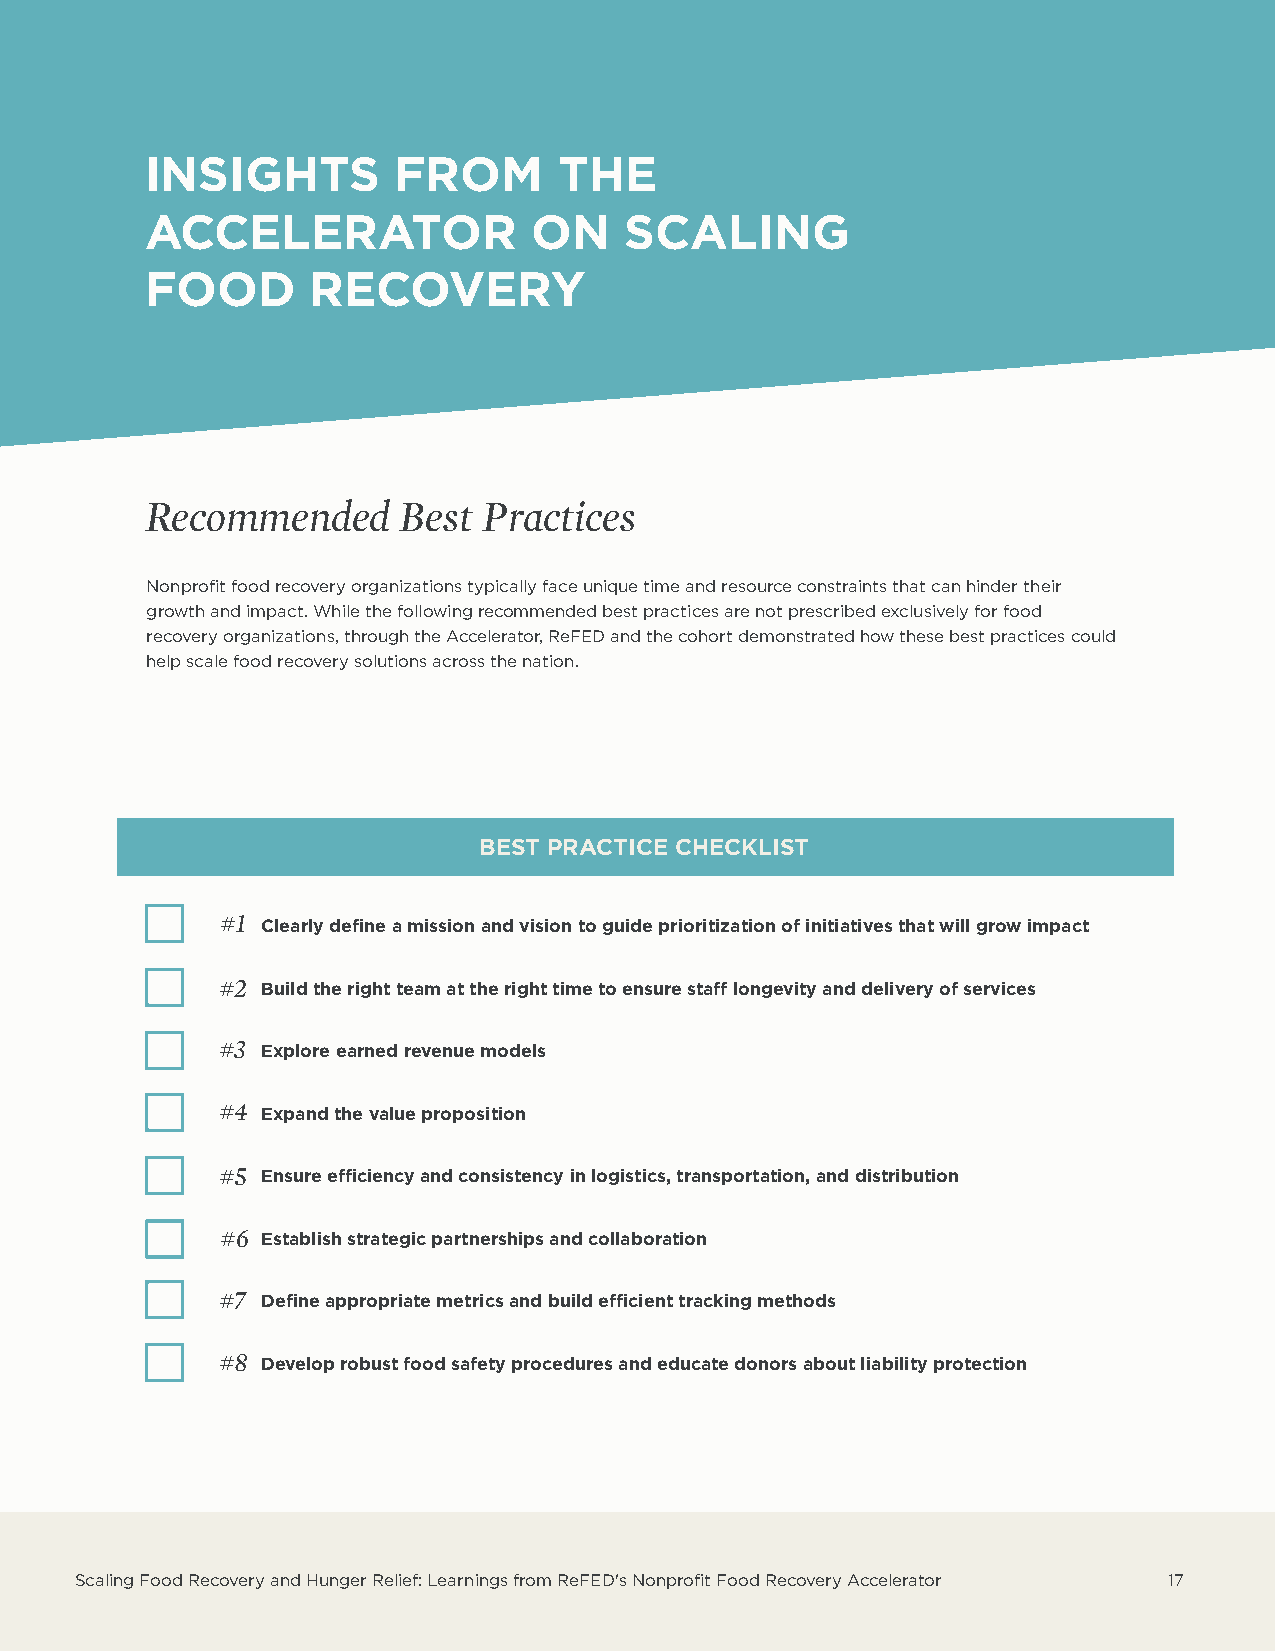
INSIGHTS        FROM       THE
 ACCELERATOR              ON    SCALING
 FOOD       RECOVERY
 Recommended     Best  Practices
 Nonprofit food recovery organizations typically face unique time and resource constraints that can hinder their
 growth and impact. While the following recommended best practices are not prescribed exclusively for food
 recovery organizations, through the Accelerator, ReFED and the cohort demonstrated how these best practices could
 help scale food recovery solutions across the nation.
 BEST PRACTICE CHECKLIST
 #1 Clearly define a mission and vision to guide prioritization of initiatives that will grow impact
 #2 Build the right team at the right time to ensure staff longevity and delivery of services
 #3 Explore earned revenue models
 #4 Expand the value proposition
 #5 Ensure efficiency and consistency in logistics, transportation, and distribution
 #6 Establish strategic partnerships and collaboration
 #7 Define appropriate metrics and build efficient tracking methods
 #8 Develop robust food safety procedures and educate donors about liability protection
 Scaling Food Recovery and Hunger Relief: Learnings from ReFED's Nonprofit Food Recovery Accelerator 17